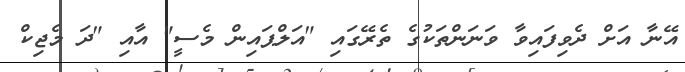
އޭނާ އަށް ދެވިފައިވާ ވަނަންތަކުގެ ތެރޭގައި "އަލްޕައިން މެސީ" އާއި "ދަ މެޖިކް